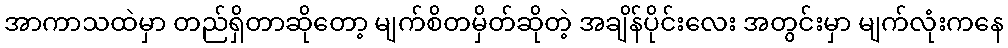
အာကာသထဲမှာ တည်ရှိတာဆိုတော့ မျက်စိတမှိတ်ဆိုတဲ့ အချိန်ပိုင်းလေး အတွင်းမှာ မျက်လုံးကနေ